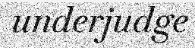
underjudge